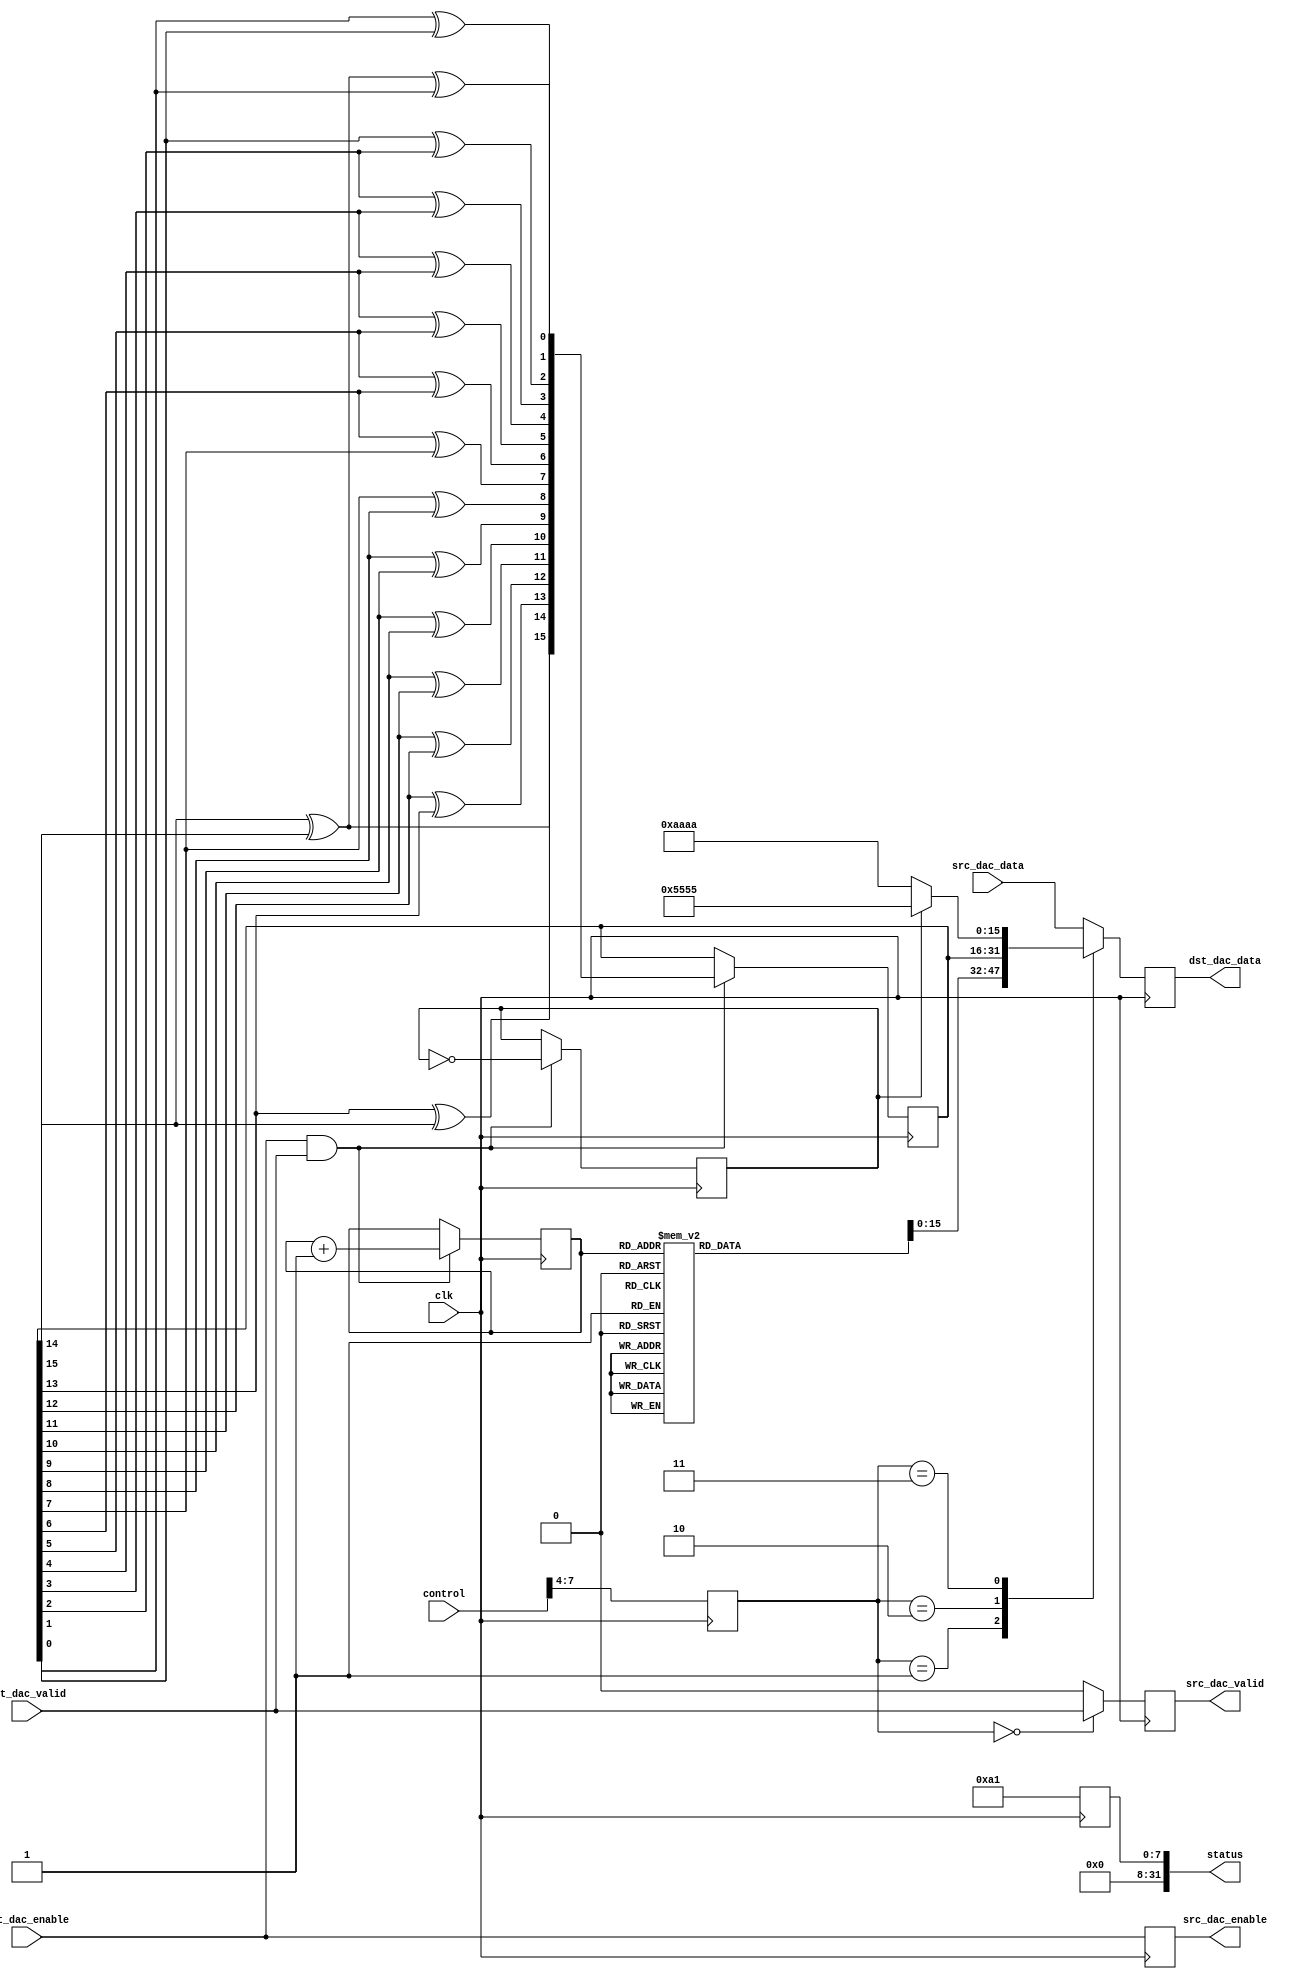
module prcfg_dac(

  clk,

  // control ports
  control,
  status,

  // FIFO interface
  src_dac_enable,
  src_dac_data,
  src_dac_valid,

  dst_dac_enable,
  dst_dac_data,
  dst_dac_valid
);

  localparam  RP_ID      = 8'hA1;
  parameter   CHANNEL_ID = 0;

  input             clk;

  input   [31:0]    control;
  output  [31:0]    status;

  output            src_dac_enable;
  input   [15:0]    src_dac_data;
  output            src_dac_valid;

  input             dst_dac_enable;
  output  [15:0]    dst_dac_data;
  input             dst_dac_valid;

  reg     [15:0]    dst_dac_data   = 0;
  reg               src_dac_valid  = 0;
  reg               src_dac_enable = 0;

  reg     [15:0]    dac_prbs       = 32'hA2F19C;
  reg     [31:0]    status         = 0;

  reg     [ 2:0]    counter        = 0;
  reg               pattern        = 0;
  reg     [15:0]    sin_tone       = 0;
  reg     [15:0]    cos_tone       = 0;

  reg     [ 3:0]    mode;

  wire    [15:0]    dac_pattern_s;

  // prbs function
  function [15:0] pn;
    input [15:0] din;
    reg   [15:0] dout;
    begin
      dout[15] = din[14] ^ din[15];
      dout[14] = din[13] ^ din[14];
      dout[13] = din[12] ^ din[13];
      dout[12] = din[11] ^ din[12];
      dout[11] = din[10] ^ din[11];
      dout[10] = din[ 9] ^ din[10];
      dout[ 9] = din[ 8] ^ din[ 9];
      dout[ 8] = din[ 7] ^ din[ 8];
      dout[ 7] = din[ 6] ^ din[ 7];
      dout[ 6] = din[ 5] ^ din[ 6];
      dout[ 5] = din[ 4] ^ din[ 5];
      dout[ 4] = din[ 3] ^ din[ 4];
      dout[ 3] = din[ 2] ^ din[ 3];
      dout[ 2] = din[ 1] ^ din[ 2];
      dout[ 1] = din[ 0] ^ din[ 1];
      dout[ 0] = din[14] ^ din[15] ^ din[ 0];
      pn = dout;
    end
  endfunction

  always @(posedge clk) begin
    status <= {24'h0, RP_ID};
    mode   <= control[7:4];
  end

  // sine tone generation
  always @(posedge clk) begin
    if ((dst_dac_enable == 1'h1) && (dst_dac_valid == 1'h1)) begin
      counter <= counter + 1;
    end
  end

  always @(counter) begin
    case(counter)
      3'd0  : begin
                sin_tone <= 16'h0000;
                cos_tone <= 16'h7FFF;
              end
      3'd1  : begin
                sin_tone <= 16'h5A82;
                cos_tone <= 16'h5A82;
              end
      3'd2  : begin
                sin_tone <= 16'h7FFF;
                cos_tone <= 16'h0000;
              end
      3'd3  : begin
                sin_tone <= 16'h5A82;
                cos_tone <= 16'hA57E;
              end
      3'd4  : begin
                sin_tone <= 16'h0000;
                cos_tone <= 16'h8001;
              end
      3'd5  : begin
                sin_tone <= 16'hA57E;
                cos_tone <= 16'hA57E;
              end
      3'd6  : begin
                sin_tone <= 16'h8001;
                cos_tone <= 16'h0000;
              end
      3'd7  : begin
                sin_tone <= 16'hA57E;
                cos_tone <= 16'h5A82;
              end
    endcase
  end

  // prbs generation
  always @(posedge clk) begin
    if((dst_dac_enable == 1'h1) && (dst_dac_valid == 1'h1)) begin
      dac_prbs <= pn(dac_prbs);
    end
  end

  // constant pattern generator
  always @(posedge clk) begin
    if((dst_dac_enable == 1'h1) && (dst_dac_valid == 1'h1)) begin
      pattern <= ~pattern;
    end
  end

  assign dac_pattern_s = (pattern == 1'h1) ? 16'h5555 : 16'hAAAA;

  // output mux for tx side
  always @(posedge clk) begin
    src_dac_enable <= dst_dac_enable;
    src_dac_valid  <= (mode == 0) ? dst_dac_valid  : 1'b0;
  end

  always @(posedge clk) begin
    case(mode)
      4'h0    : begin
                  dst_dac_data <= src_dac_data;
                end
      4'h1    : begin
                  dst_dac_data <= {cos_tone, sin_tone};
                end
      4'h2    : begin
                  dst_dac_data <= dac_prbs;
                end
      4'h3    : begin
                  dst_dac_data <= dac_pattern_s;
                end
      default : begin
                  dst_dac_data <= src_dac_data;
                end
    endcase
  end
endmodule